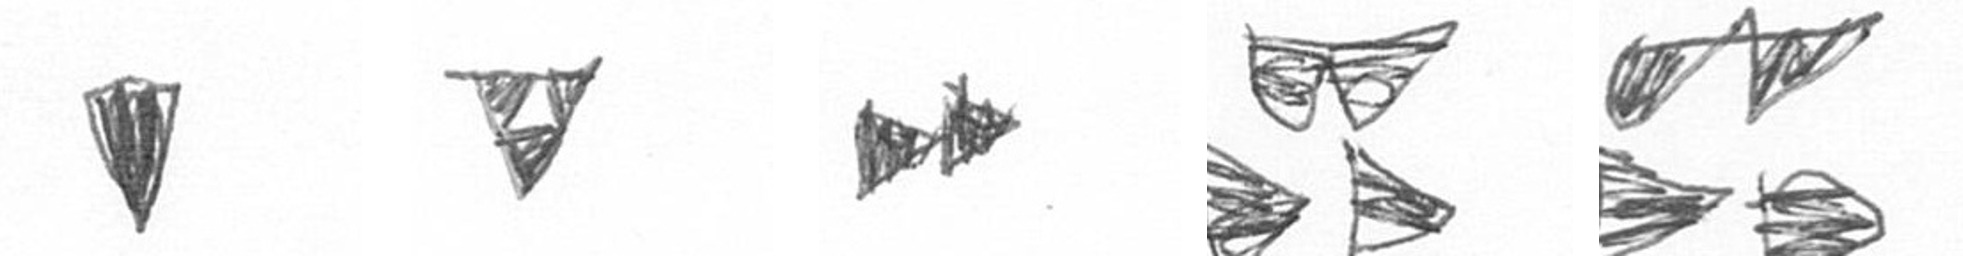
J S A B B